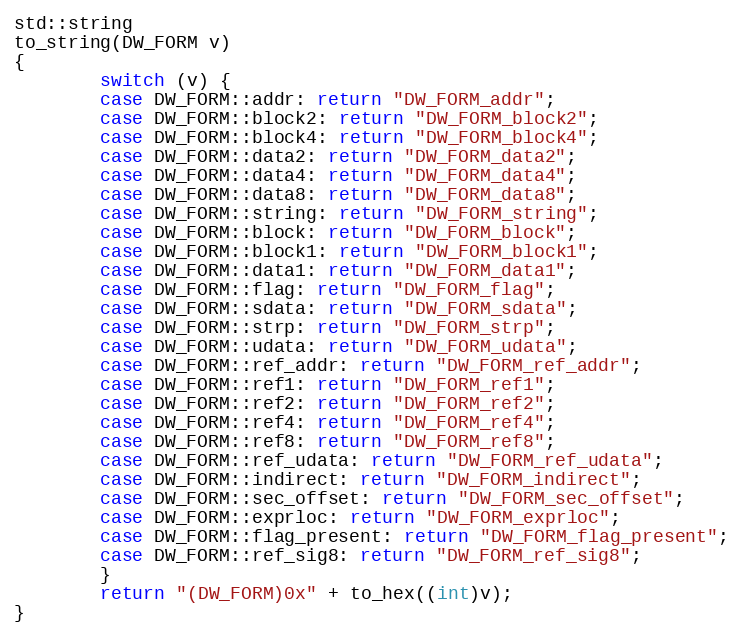
Language: C++
std::string
to_string(DW_FORM v)
{
        switch (v) {
        case DW_FORM::addr: return "DW_FORM_addr";
        case DW_FORM::block2: return "DW_FORM_block2";
        case DW_FORM::block4: return "DW_FORM_block4";
        case DW_FORM::data2: return "DW_FORM_data2";
        case DW_FORM::data4: return "DW_FORM_data4";
        case DW_FORM::data8: return "DW_FORM_data8";
        case DW_FORM::string: return "DW_FORM_string";
        case DW_FORM::block: return "DW_FORM_block";
        case DW_FORM::block1: return "DW_FORM_block1";
        case DW_FORM::data1: return "DW_FORM_data1";
        case DW_FORM::flag: return "DW_FORM_flag";
        case DW_FORM::sdata: return "DW_FORM_sdata";
        case DW_FORM::strp: return "DW_FORM_strp";
        case DW_FORM::udata: return "DW_FORM_udata";
        case DW_FORM::ref_addr: return "DW_FORM_ref_addr";
        case DW_FORM::ref1: return "DW_FORM_ref1";
        case DW_FORM::ref2: return "DW_FORM_ref2";
        case DW_FORM::ref4: return "DW_FORM_ref4";
        case DW_FORM::ref8: return "DW_FORM_ref8";
        case DW_FORM::ref_udata: return "DW_FORM_ref_udata";
        case DW_FORM::indirect: return "DW_FORM_indirect";
        case DW_FORM::sec_offset: return "DW_FORM_sec_offset";
        case DW_FORM::exprloc: return "DW_FORM_exprloc";
        case DW_FORM::flag_present: return "DW_FORM_flag_present";
        case DW_FORM::ref_sig8: return "DW_FORM_ref_sig8";
        }
        return "(DW_FORM)0x" + to_hex((int)v);
}